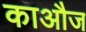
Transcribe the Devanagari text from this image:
काऔज